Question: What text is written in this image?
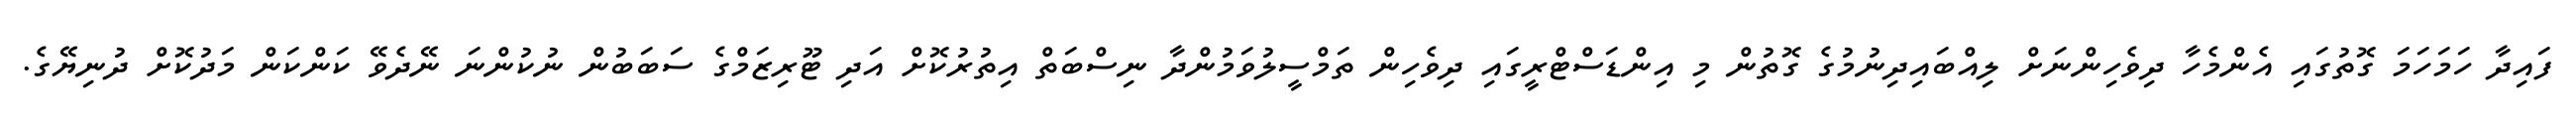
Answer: ފައިދާ ހަމަހަމަ ގޮތުގައި އެންމެހާ ދިވެހިންނަށް ލިއްބައިދިނުމުގެ ގޮތުން މި އިންޑަސްޓްރީގައި ދިވެހިން ތަމްސީލުވަމުންދާ ނިސްބަތް އިތުރުކޮށް އަދި ޓޫރިޒަމްގެ ސަބަބުން ނުކުންނަ ނޭދެވޭ ކަންކަން މަދުކޮށް ދުނިޔޭގެ.